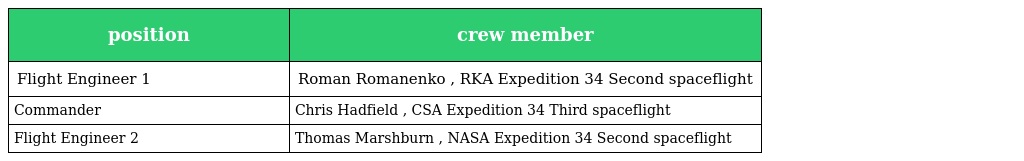
| position | crew member |
 | --- | --- |
 | Flight Engineer 1 | Roman Romanenko , RKA Expedition 34 Second spaceflight |
 | Commander | Chris Hadfield , CSA Expedition 34 Third spaceflight |
 | Flight Engineer 2 | Thomas Marshburn , NASA Expedition 34 Second spaceflight |